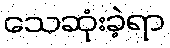
သေဆုံးခဲ့ရာ